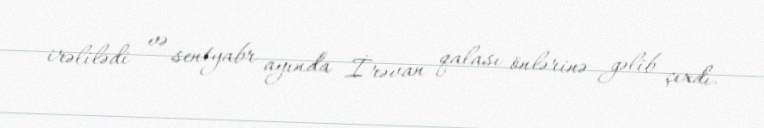
irəlilədi və sentyabr ayında İrəvan qalası önlərinə gəlib çıxdı.